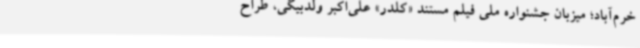
خرم‌آباد؛ میزبان جشنواره ملی فیلم مستند «کلدر» علی‌اکبر ولدبیگی، طراح